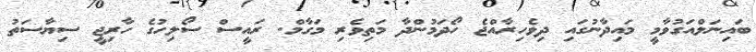
ބައިނަލްއަގުވާމީ މައިދާނުގައި ދިވެހިރާއްޖެ ހޯދަމުންދާ މަތިވެރި މަގާމް. ރައީސް ސޯލިހުގެ ހާރިޖީ ސިޔާސަތު